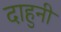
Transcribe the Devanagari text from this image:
दाहुनी